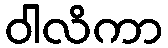
ဝါလိကာ